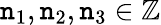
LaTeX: \mathtt{n}_{1},\mathtt{n}_{2},\mathtt{n}_{3}\in\mathbb{{Z}}